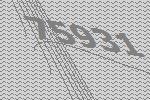
75931